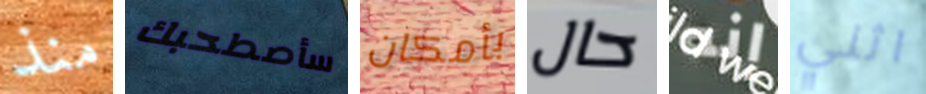
منذ سأصطحبك بأمكان حال إنه اثني